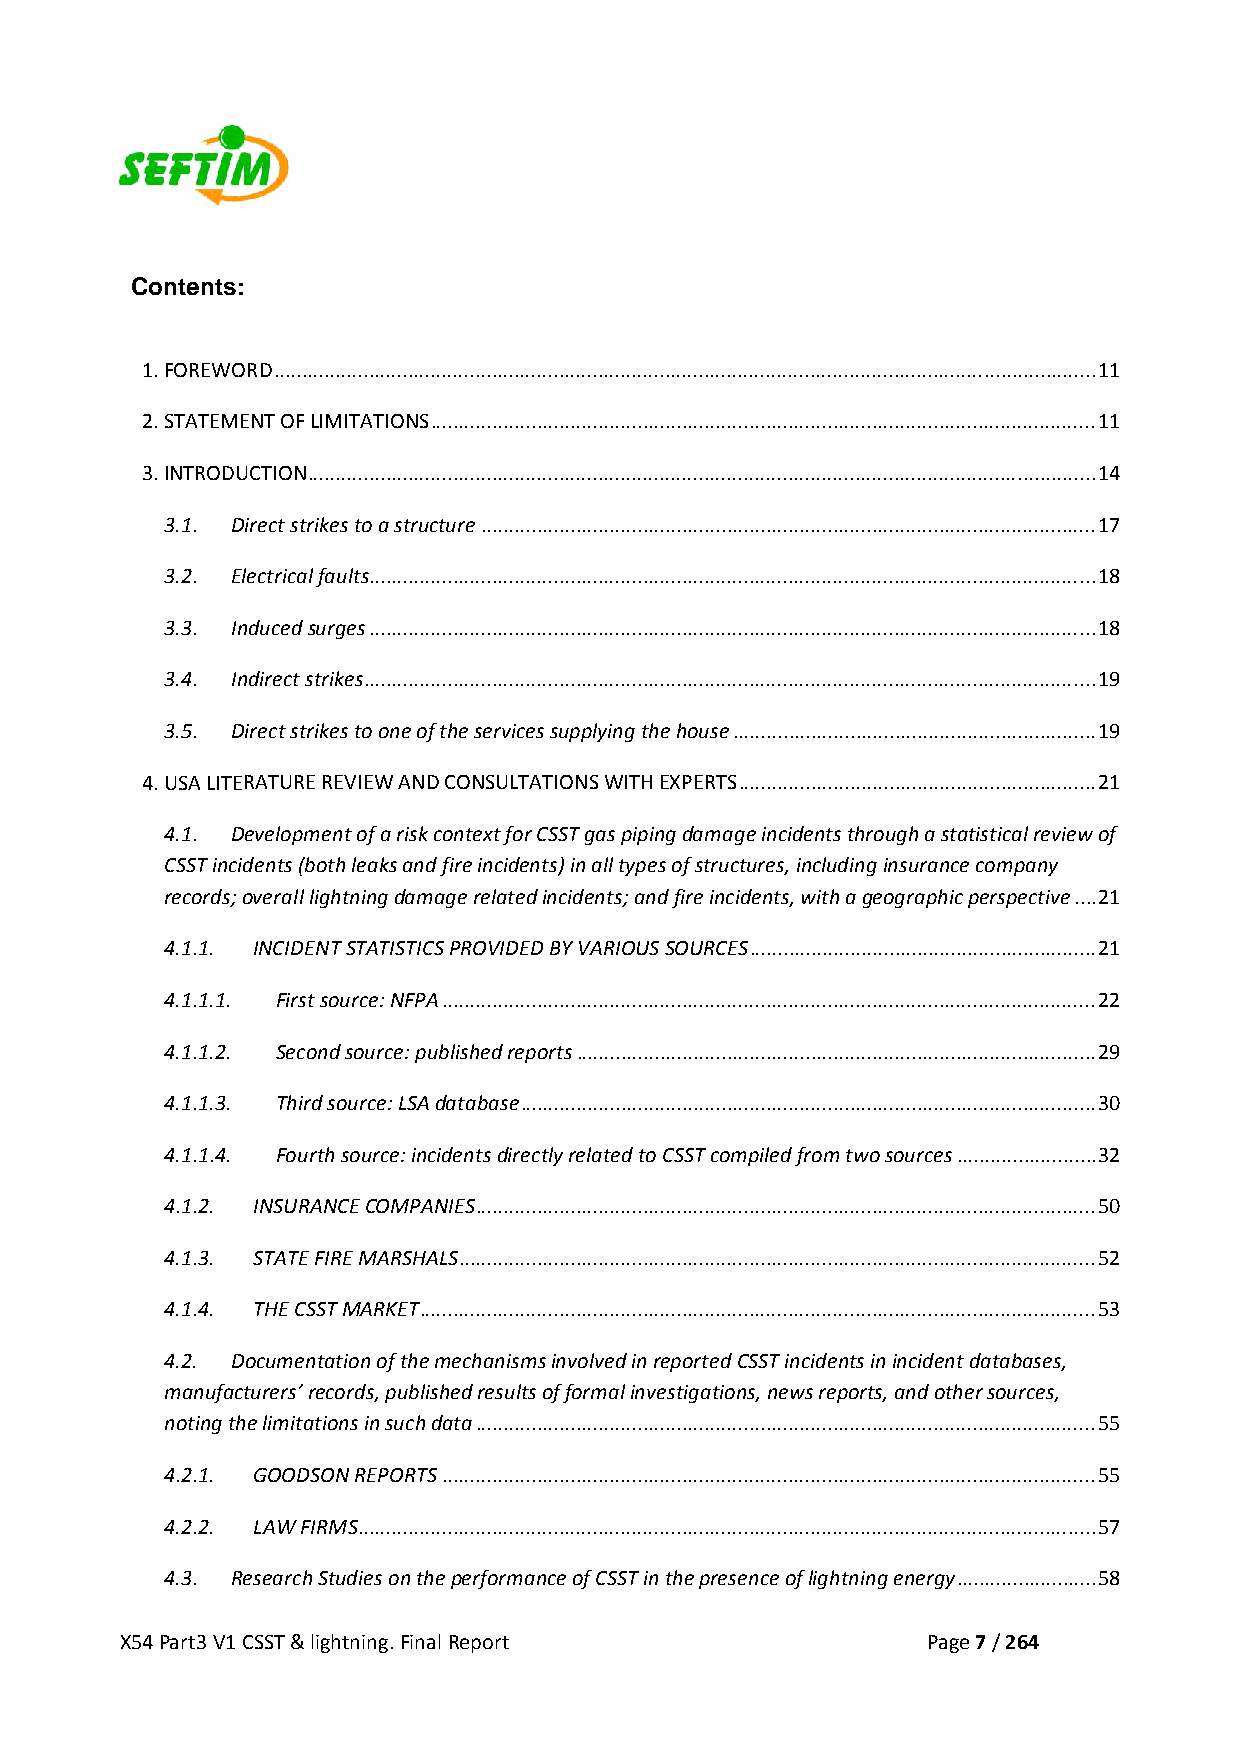
Contents:
 1. FOREWORD ................................................................................................................................................... 11
 2. STATEMENT OF LIMITATIONS ....................................................................................................................... 11
 3. INTRODUCTION ............................................................................................................................................. 14
 3.1. Direct strikes to a structure .............................................................................................................. 17
 3.2. Electrical faults .................................................................................................................................. 18
 3.3. Induced surges .................................................................................................................................. 18
 3.4. Indirect strikes ................................................................................................................................... 19
 3.5. Direct strikes to one of the services supplying the house ................................................................. 19
 4. USA LITERATURE REVIEW AND CONSULTATIONS WITH EXPERTS ................................................................ 21
 4.1. Development of a risk context for CSST gas piping damage incidents through a statistical review of
 CSST incidents (both leaks and fire incidents) in all types of structures, including insurance company
 records; overall lightning damage related incidents; and fire incidents, with a geographic perspective .... 21
 4.1.1. INCIDENT STATISTICS PROVIDED BY VARIOUS SOURCES .............................................................. 21
 4.1.1.1. First source: NFPA ..................................................................................................................... 22
 4.1.1.2. Second source: published reports ............................................................................................. 29
 4.1.1.3. Third source: LSA database ....................................................................................................... 30
 4.1.1.4. Fourth source: incidents directly related to CSST compiled from two sources ......................... 32
 4.1.2. INSURANCE COMPANIES ............................................................................................................... 50
 4.1.3. STATE FIRE MARSHALS .................................................................................................................. 52
 4.1.4. THE CSST MARKET ......................................................................................................................... 53
 4.2. Documentation of the mechanisms involved in reported CSST incidents in incident databases,
 manufacturers’ records, published results of formal investigations, news reports, and other sources,
 noting the limitations in such data ............................................................................................................... 55
 4.2.1. GOODSON REPORTS ..................................................................................................................... 55
 4.2.2. LAW FIRMS .................................................................................................................................... 57
 4.3. Research Studies on the performance of CSST in the presence of lightning energy ......................... 58
 X54 Part3 V1 CSST & lightning. Final Report          Page 7 / 264